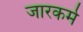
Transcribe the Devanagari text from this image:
जारकर्म